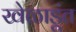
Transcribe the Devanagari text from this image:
खेळाडूंत